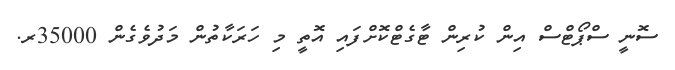
ސޮނީ ސްޕޯޓްސް އިން ކުރިން ޓާގެޓްކޮށްފައި އޮތީ މި ހަރަކާތުން މަދުވެގެން 35000ރ.